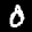
Label: 0